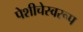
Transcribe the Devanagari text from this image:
पेशीचेस्वरूप